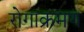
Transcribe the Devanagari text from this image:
रोगाक्रमण